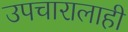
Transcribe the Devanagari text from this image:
उपचारालाही